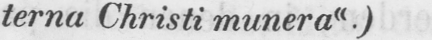
terna Christi munera«.)